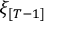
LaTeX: \xi _ { [ T - 1 ] }